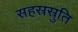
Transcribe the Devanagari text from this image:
सहस्रस्रुति